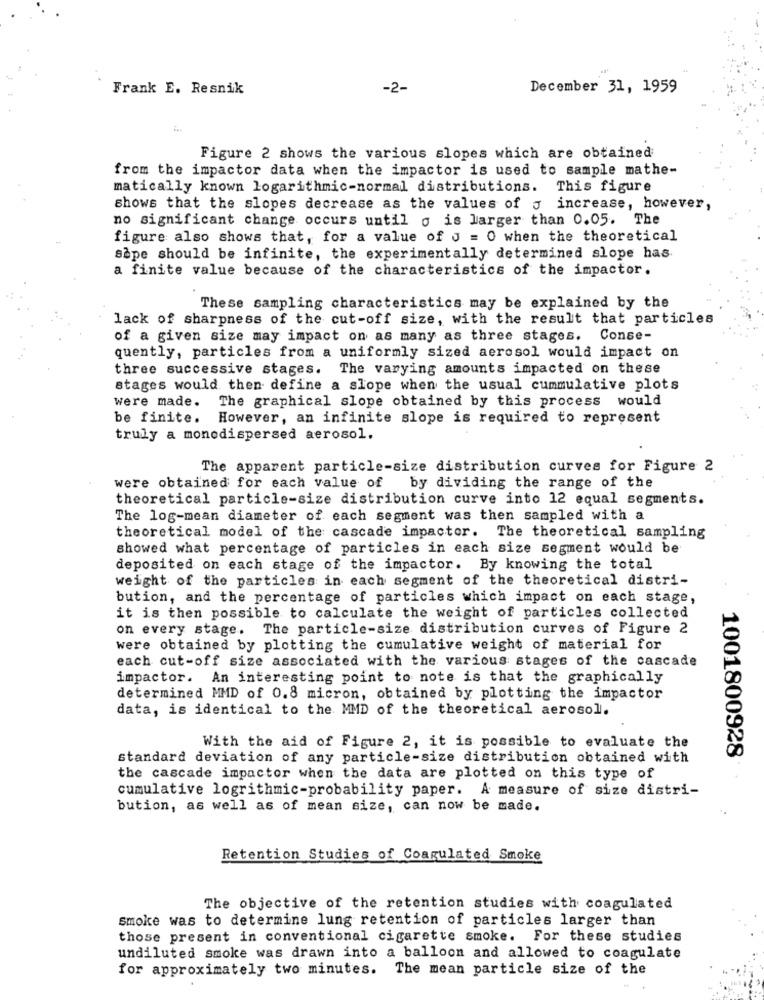
Frank E. Resnik
-2-
December 31, 1959
Figure 2 shows the various slopes which are obtained
from the impactor data when the impactor is used to sample mathe-
matically known logarithmic-normal distributions. This figure
shows that the slopes decrease as the values of y increase, however,
no significant change occurs until o is larger than 0.05. The
figure also shows that, for a value of J = 0 when the theoretical
sape should be infinite, the experimentally determined slope has
a finite value because of the characteristics of the impactor.
These sampling characteristics may be explained by the
lack of sharpness of the cut-off size, with the result that particles
of a given size may impact on as many as three stages. Conse-
quently, particles from a uniformly sized aerosol would impact on
three successive stages. The varying amounts impacted on these
stages would then define a slope when the usual cummulative plots
were made. The graphical slope obtained by this process would
be finite. However, an infinite slope is required to represent
truly a monedispersed aerosol.
The apparent particle-size distribution curves for Figure 2
were obtained for each value of by dividing the range of the
theoretical particle-size distribution curve into 12 equal segments.
The log-mean diameter of each segment was then sampled with a
theoretical model of the cascade impactor. The theoretical sampling
showed what percentage of particles in each size segment would be
deposited on each stage of the impactor. By knowing the total
weight of the particles in each segment of the theoretical distri-
bution, and the percentage of particles which impact on each stage,
it is then possible to calculate the weight of particles collected
on every stage. The particle-size distribution curves of Figure 2
were obtained by plotting the cumulative weight of material for
each cut-off size associated with the various stages of the cascade
impactor. An interesting point to note is that the graphically
determined MMD of 0.8 micron, obtained by plotting the impactor
data, is identical to the MMD of the theoretical aerosol.
With the aid of Figure 2, it is possible to evaluate the
standard deviation of any particle-size distribution obtained with
1001800928
the cascade impactor when the data are plotted on this type of
cumulative logrithmic-probability paper. A measure of size distri-
bution, as well as of mean size, can now be made.
Retention Studies of Coagulated Smoke
The objective of the retention studies with coagulated
smoke was to determine lung retention of particles larger than
those present in conventional cigarette smoke. For these studies
undiluted smoke was drawn into a balloon and allowed to coagulate
for approximately two minutes. The mean particle size of the